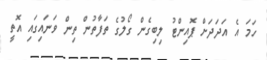
ހަމަ އެ އަދަދަށް ޕޮއިންޓު ލިބިގެން ގޯލުގެ ތަފާތުން ތިން ވަނައިގައި އޮތީ